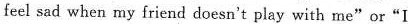
feel sad when my friend doesn't play with rme"or“I